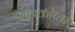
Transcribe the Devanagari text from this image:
जानकीच्या